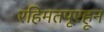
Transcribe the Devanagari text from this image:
रहिमतपूरहून